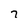
Character: 7